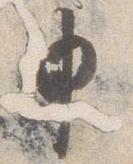
申